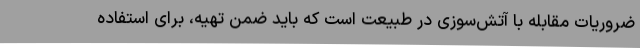
ضروریات مقابله با آتش‌سوزی در طبیعت است که باید ضمن تهیه، برای استفاده